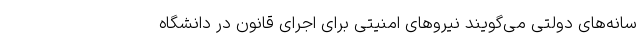
سانه‌های دولتی می‌گویند نیروهای امنیتی برای اجرای قانون در دانشگاه